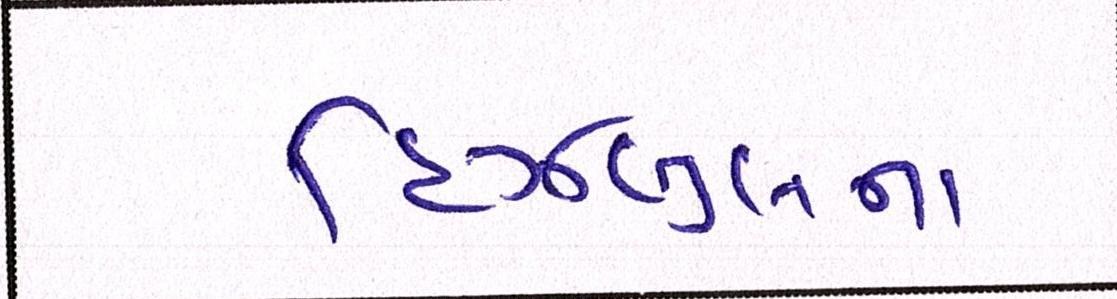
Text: હિઝબુલના